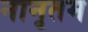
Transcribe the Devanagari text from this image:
नानृतम